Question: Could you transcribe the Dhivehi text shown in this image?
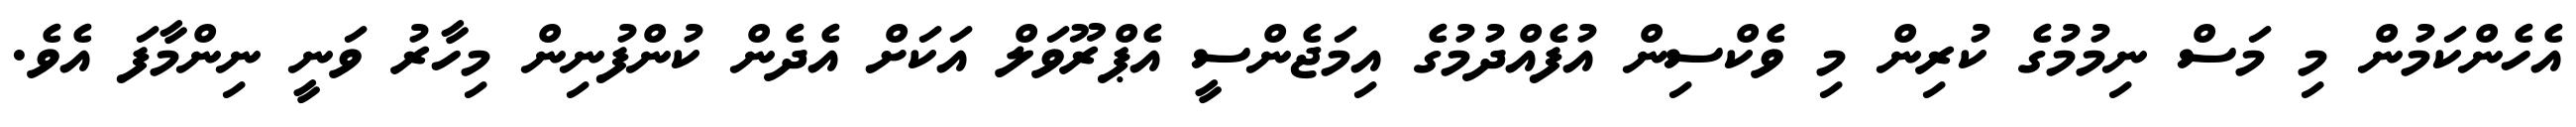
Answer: އެހެންކަމުން މި މަސް ނިމުމުގެ ކުރިން މި ވެކްސިން އުފެއްދުމުގެ އިމަޖެންސީ އެޕްރޫވަލް އަކަށް އެދެން ކުންފުނިން މިހާރު ވަނީ ނިންމާފަ އެވެ.